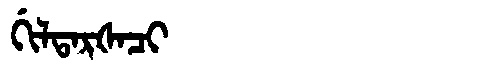
Manchu: ᡤᡳᠯᡨᠠᡵᡧᠠᠴᡳ
Romanization: GILTARŠACI